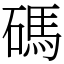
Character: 碼